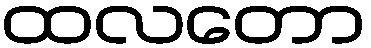
ထလတော